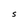
Character: S